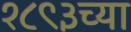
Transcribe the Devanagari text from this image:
१८९३च्या